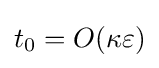
t_{0}=O(\kappa \varepsilon )